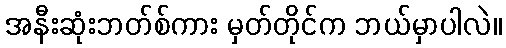
အနီးဆုံးဘတ်စ်ကား မှတ်တိုင်က ဘယ်မှာပါလဲ။